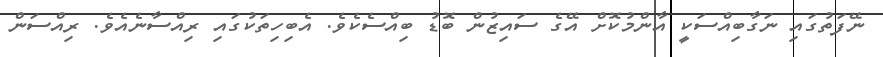
ނޭފަތުގައި ނަގާބިއްސަކީ އާންމުކޮށް އޭގެ ސައިޒުން ބޮޑު ބިއްސެކެވެ. އެބިހިތަކުގައި ރިއްސާނެއެވެ. ރިއްސަން